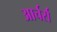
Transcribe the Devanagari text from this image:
आर्चर्स